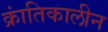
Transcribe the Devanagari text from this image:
क्रांतिकालीन